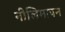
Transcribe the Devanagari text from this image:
नीलिमापन